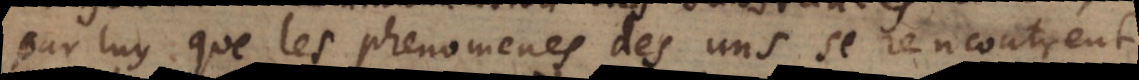
par luy que les phenomenes des uns se rencontrent